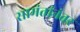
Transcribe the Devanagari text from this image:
सामंतांनंतर